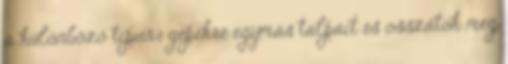
a különböző típusú gépekre egymás talpait és osszátok meg